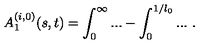
A _ { 1 } ^ { ( i , 0 ) } ( s , t ) = \int _ { 0 } ^ { \infty } . . . - \int _ { 0 } ^ { 1 / l _ { 0 } } . . . \ .